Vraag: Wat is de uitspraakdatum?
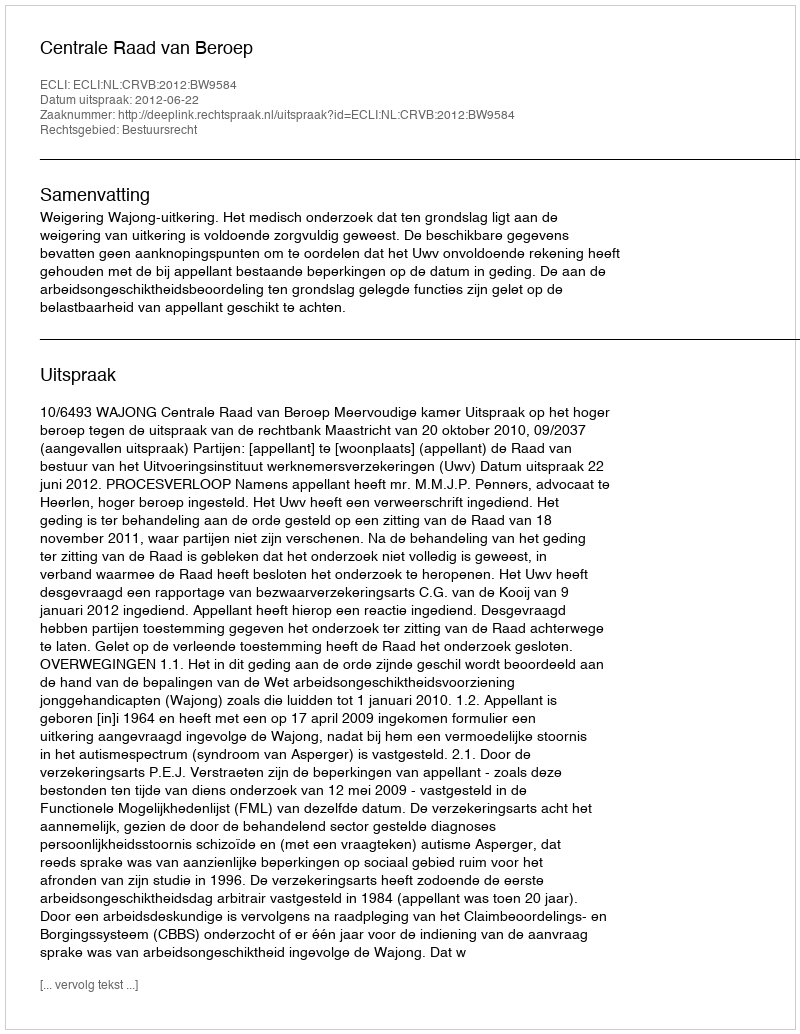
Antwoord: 2012-06-22